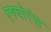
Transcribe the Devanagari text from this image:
एश्योरंस